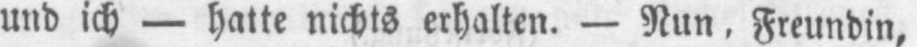
und ich - hatte nichts erhalten. - Nun, Freundin,